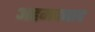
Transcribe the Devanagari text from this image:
अहमदबाद